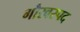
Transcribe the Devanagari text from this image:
गौरवस्पद